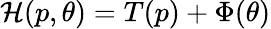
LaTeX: \mathcal{H}(p,\theta)=T(p)+\Phi(\theta)